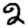
Digit: 2